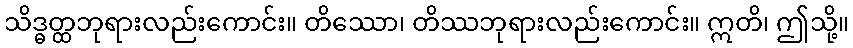
သိဒ္ဓတ္ထဘုရားလည်းကောင်း။ တိဿော၊ တိဿဘုရားလည်းကောင်း။ ဣတိ၊ ဤသို့။